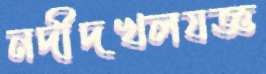
নদীদখলযজ্ঞ